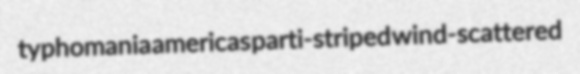
typhomania americas parti-striped wind-scattered